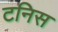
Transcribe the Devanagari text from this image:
टनिस